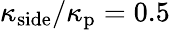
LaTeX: \kappa_{\mathrm{side}}/\kappa_{\mathrm{p}}=0.5